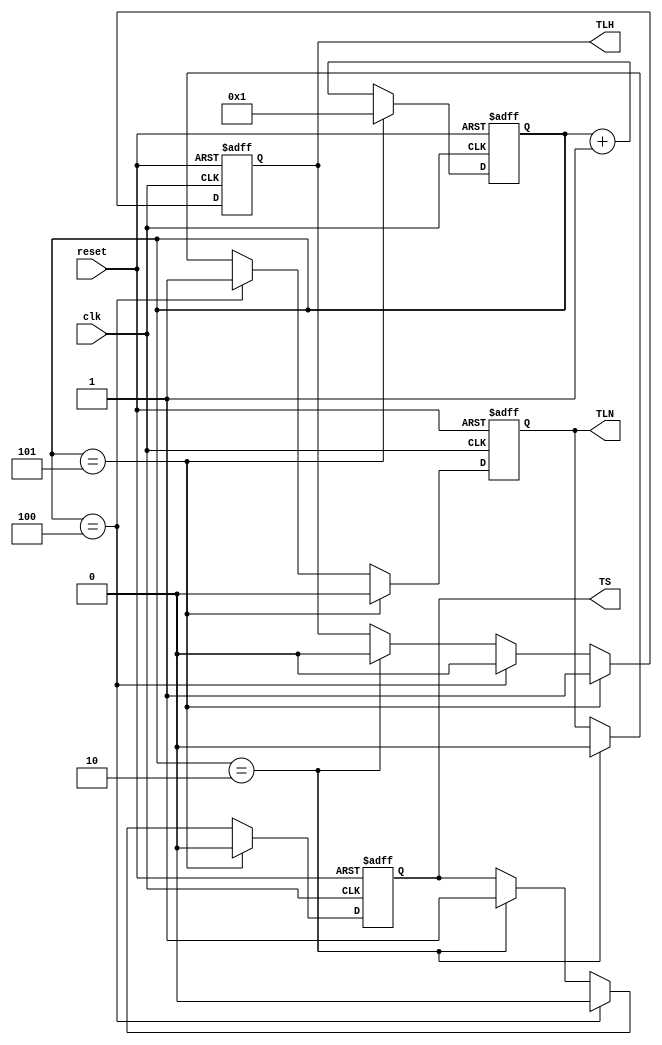
module Timer (
    input clk, reset,
    output reg TS, TLH, TLN
);

    reg [31:0] counter; // 32-bit counter

    // Assuming the clock frequency is 1Hz (one tick per second)
    parameter TS_VALUE = 2; // 1 seconds
    parameter TLH_VALUE = 5; // 8 seconds
    parameter TLN_VALUE = 4; // 5 seconds

    always @(posedge clk or posedge reset) begin
        if (reset) begin
            counter <= 32'b1;
            TS <= 1'b0;
            TLH <= 1'b0;
            TLN <= 1'b0;
        end else begin
            counter <= counter + 1;
            if (counter == TS_VALUE) begin
                TS <= 1'b1;
                TLN <= 1'b0;
                TLH <= 1'b0;
            end 
            if (counter == TLN_VALUE) begin
                TLN <= 1'b1;
                TLH <= 1'b0;
                TS <= 1'b0; 
            end
            if (counter == TLH_VALUE) begin
                TLH <= 1'b1;
                counter <= 32'b1; // Reset the counter after TLN_VALUE seconds
                TS <= 1'b0; // Reset the outputs
                TLN <= 1'b0;
            end 
        end
    end

endmodule